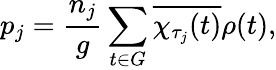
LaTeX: p_{j}={\frac{n_{j}}{g}}\sum_{t\in G}{\overline{{\chi_{\tau_{j}}(t)}}}\rho(t),